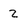
Character: 2